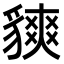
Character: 𧴅